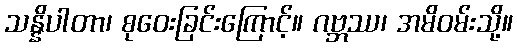
သန္နိပါတာ၊ စုဝေးခြင်းကြောင့်။ ဂဗ္ဘဿ၊ အမိဝမ်းသို့။